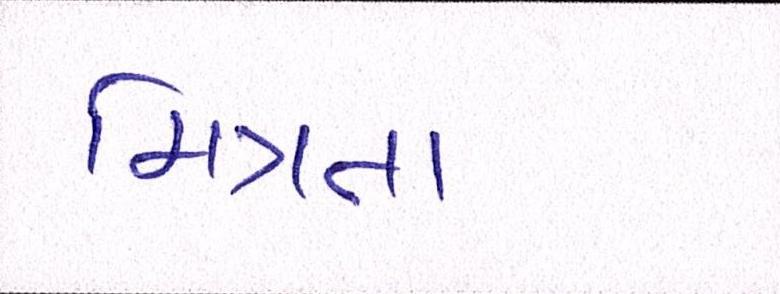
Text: મિત્રતા